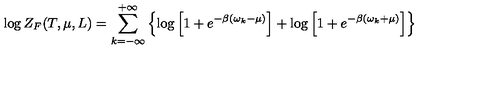
\log Z _ { F } ( T , \mu , L ) = \sum _ { k = - \infty } ^ { + \infty } \left\{ \log \left[ 1 + e ^ { - \beta ( \omega _ { k } - \mu ) } \right] + \log \left[ 1 + e ^ { - \beta ( \omega _ { k } + \mu ) } \right] \right\}